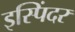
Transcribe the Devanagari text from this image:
इस्पिंदर